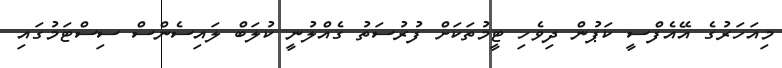
މިއަހަރުގެ އޭއެފްސީ ކަަޕުން ދިވެހި ޓީމުތަކަށް ފުރުސަތު ގެއްލުނީ ކުލަބް ލައިސެންސް ސިސްޓަމުގައި